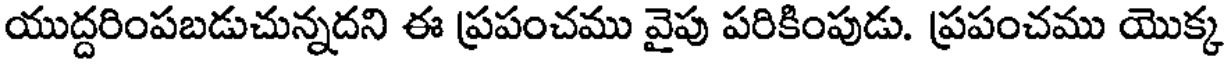
యుద్దరింపబడుచున్నదని ఈ ప్రపంచము వైపు పరికింపుడు. ప్రపంచము యొక్క